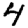
Digit: 4